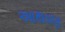
આથવણ